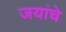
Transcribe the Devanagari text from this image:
जयांचे